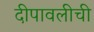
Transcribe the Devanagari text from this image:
दीपावलीची